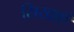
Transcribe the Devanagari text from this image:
सिखाएँ